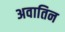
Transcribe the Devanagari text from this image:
अवातिन